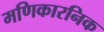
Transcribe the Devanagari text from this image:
मणिकारनिक